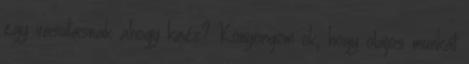
egy vasutasnak ahogy kinéz? Könyörgöm ok, hogy olajos munkát